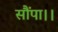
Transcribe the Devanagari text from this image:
सौंपा।।